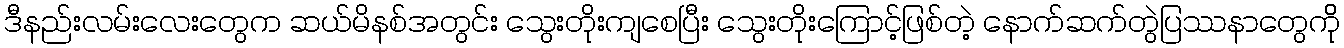
ဒီနည်းလမ်းလေးတွေက ဆယ်မိနစ်အတွင်း သွေးတိုးကျစေပြီး သွေးတိုးကြောင့်ဖြစ်တဲ့ နောက်ဆက်တွဲပြဿနာတွေကိို